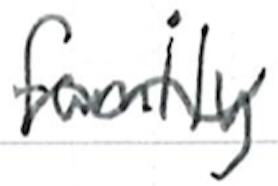
Text: family
Cross-out: wave
Writing tool: ballpoint